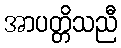
အာပတ္တိသညီ